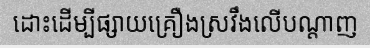
ដោះដើម្បីផ្សាយគ្រឿងស្រវឹងលើបណ្តាញ